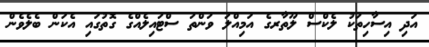
އަދި އިސާހިތަކު ލެކްސް ލޫތާރގެ އަމިއްލަ ވަންތަ ސްޓައިލެއްގެ ގޮތުގައި އެކަން ބެލެވެން